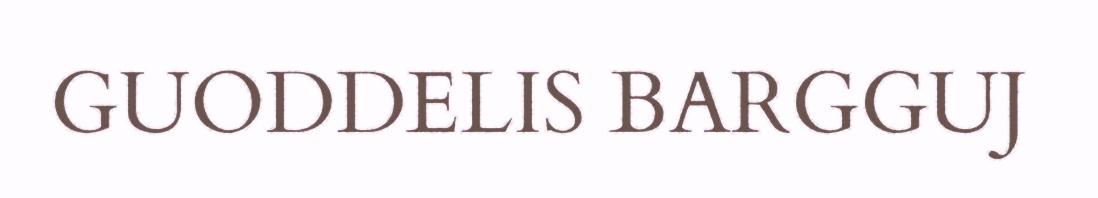
GUODDELIS BARGGUJ